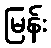
မြန်း